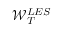
\mathcal { W } _ { T } ^ { L E S }